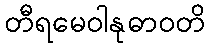
တီရမေဝါနုဓာဝတိ